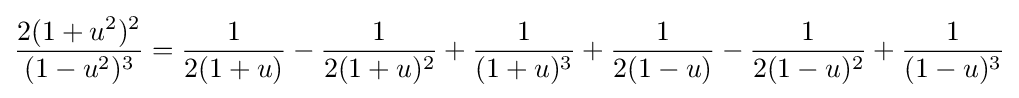
{\frac {2(1+u^{2})^{2}}{(1-u^{2})^{3}}}={\frac {1}{2(1+u)}}-{\frac {1}{2(1+u)^{2}}}+{\frac {1}{(1+u)^{3}}}+{\frac {1}{2(1-u)}}-{\frac {1}{2(1-u)^{2}}}+{\frac {1}{(1-u)^{3}}}